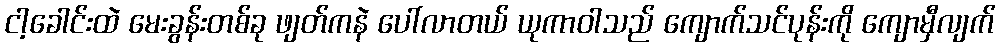
ငါ့ခေါင်းထဲ မေးခွန်းတစ်ခု ဖျတ်ကနဲ ပေါ်လာတယ် ယုကာဝါသည် ကျောက်သင်ပုန်းကို ကျောမှီလျက်